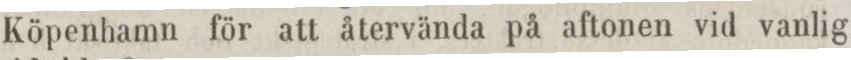
Köpenhamn för att återvända på aftonen vid vanlig